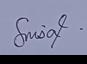
Signature authenticity: genuine